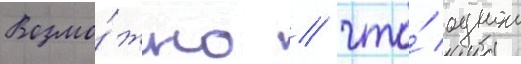
Возмо́жно / что́ однои